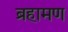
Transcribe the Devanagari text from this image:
ब्रहामण